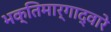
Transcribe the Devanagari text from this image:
भक्तिमार्गाद्वारे